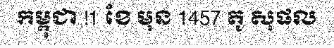
កម្ពុជា !1 ខែ មុន 1457 តូ សុផល